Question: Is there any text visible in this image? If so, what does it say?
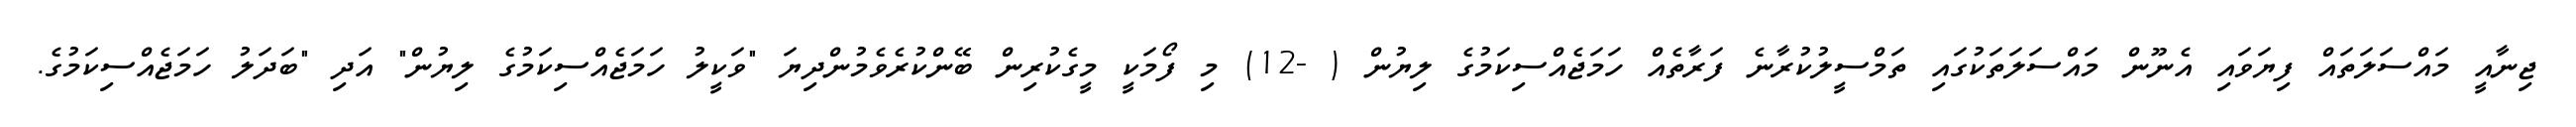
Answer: ޖިނާއީ މައްސަލަތައް ފިޔަވައި އެނޫން މައްސަލަތަކުގައި ތަމްސީލުކުރާނެ ފަރާތެއް ހަމަޖެއްސިކަމުގެ ލިޔުން ( -12) މި ފޯމަކީ މީގެކުރިން ބޭންކުރެވެމުންދިޔަ "ވަކީލު ހަމަޖެއްސިކަމުގެ ލިޔުން" އަދި "ބަދަލު ހަމަޖެއްސިކަމުގެ.